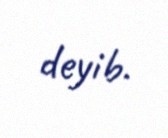
deyib.